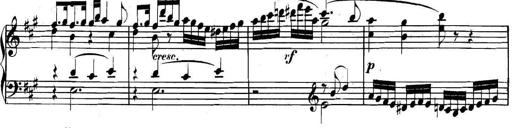
Title: Collected Piano Sonatas
Composer: Muzio Clementi